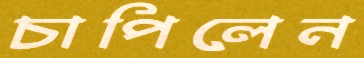
চাপিলেন